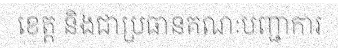
ខេត្ត និងជាប្រធានគណៈបញ្ជាការ